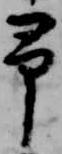
予